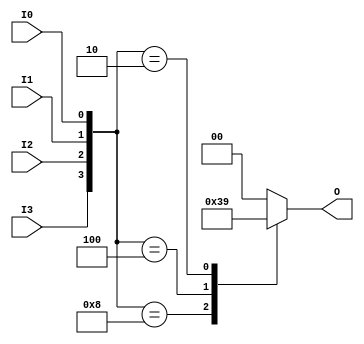
module relative_encoder (
    input wire I0,  // Input 0
    input wire I1,  // Input 1
    input wire I2,  // Input 2
    input wire I3,  // Input 3
    output reg [1:0] O  // 2-bit output
);

always @(*) begin
    case ({I3, I2, I1, I0}) // Concatenate inputs to form a 4-bit vector
        4'b1000: O = 2'b11; // I3 active
        4'b0100: O = 2'b10; // I2 active
        4'b0010: O = 2'b01; // I1 active
        4'b0001: O = 2'b00; // I0 active
        default: O = 2'b00; // No active inputs or invalid state
    endcase
end

endmodule